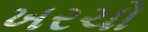
ખરચો